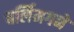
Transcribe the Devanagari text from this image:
चर्लिमगने